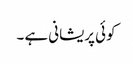
کوئی پریشانی ہے ۔